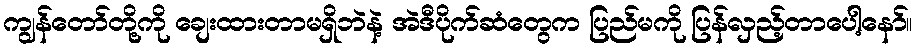
ကျွန်တော်တို့ကို ချေးထားတာမရှိဘဲနဲ့ အဲဒီပိုက်ဆံတွေက ပြည်မကို ပြန်လှည့်တာပေါ့နော်။